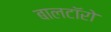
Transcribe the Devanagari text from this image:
बालटॉरो